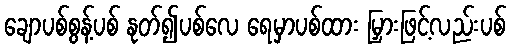
ချောပစ်စွန့်ပစ် နုတ်၍ပစ်လေ ရေမှာပစ်ထား မြှားဖြင့်လည်းပစ်